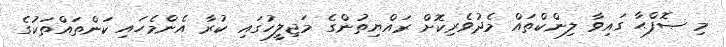
މި ޞޮފްޙާ ގައިވާ ލިންކްތައް މެދުވެރިކޮށް ރައްޔިތުންގެ މަޖިލީހުގައި ކުރާ އެންމެހައި ކަންތައްތަކުގެ